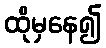
ထိုမှနေ၍